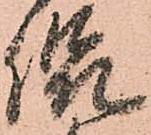
侃